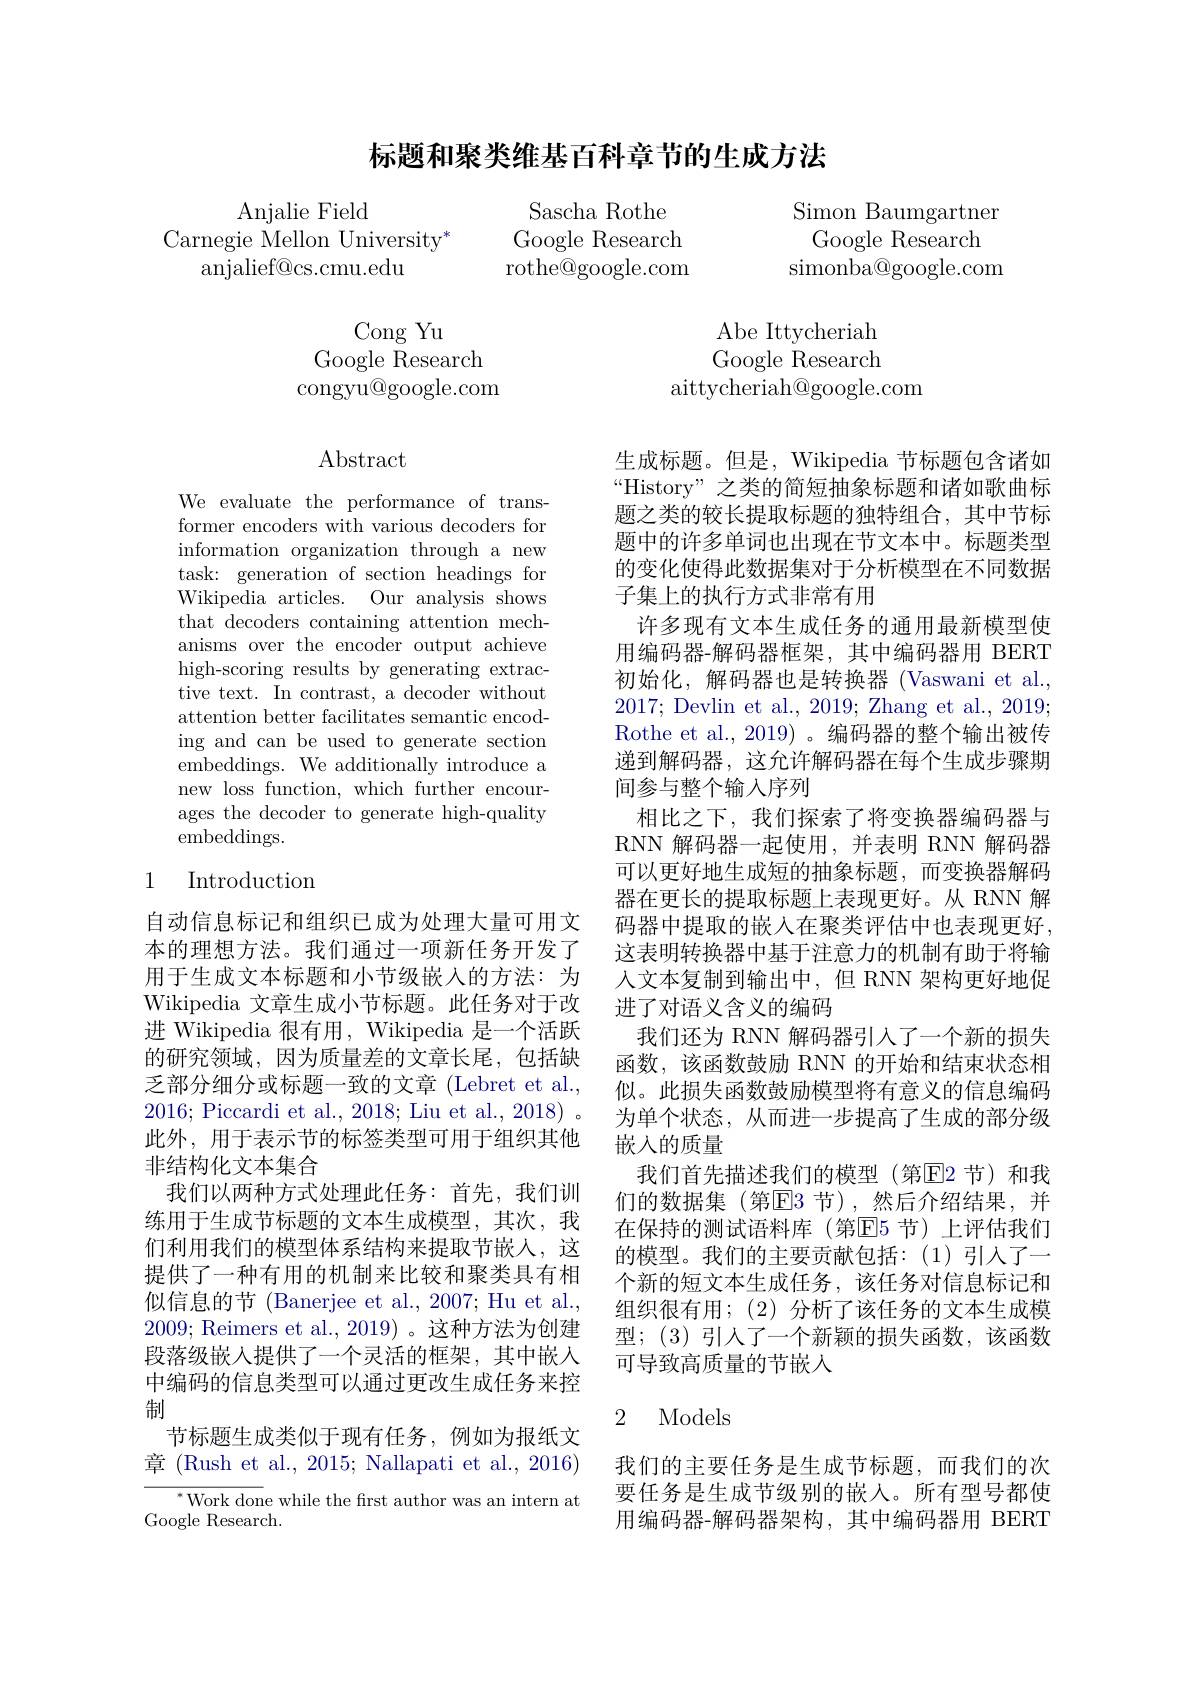
# 标题和聚类维基百科章节的生成方法

Sascha Rothe Google Research rothe@google.com

Simon Baumgartner
Google Research
simonba@google.com

Cong Yu
Google Research congyu@google.com

${\mathrm{Abe~Ittycheriah}}$ Google Research
aittycheriah@google.com

## $\operatorname{Abstract}$

We evaluate the performance of transformer encoders with various decoders for information organization through a new task: generation of section headings for Wikipedia articles. Our analysis shows that decoders containing attention mechanisms over the encoder output achieve high-scoring results by generating extractive text. In contrast, a decoder without attention better facilitates semantic encoding and can be used to generate section embeddings. We additionally introduce a new loss function, which further encourages the decoder to generate high-quality ${\mathrm{embeddings.}}$

## 1 Introduction

生成标题。但是，Wikipedia 节标题包含诸如“History”之类的简短抽象标题和诸如歌曲标题之类的较长提取标题的独特组合，其中节标题中的许多单词也出现在节文本中。标题类型的变化使得此数据集对于分析模型在不同数据子集上的执行方式非常有用
许多现有文本生成任务的通用最新模型使用编码器-解码器框架，其中编码器用 BERT 初始化，解码器也是转换器 (Vaswani et al., 2017; Devlin et al., 2019; Zhang et al., 2019; Rothe et al., 2019) 。编码器的整个输出被传递到解码器，这允许解码器在每个生成步骤期间参与整个输入序列
相比之下，我们探索了将变换器编码器与RNN 解码器一起使用，并表明 RNN 解码器可以更好地生成短的抽象标题，而变换器解码器在更长的提取标题上表现更好。从 RNN 解码器中提取的嵌入在聚类评估中也表现更好， 这表明转换器中基于注意力的机制有助于将输人文本复制到输出中，但 RNN 架构更好地促进了对语义含义的编码
我们还为 RNN 解码器引入了一个新的损失函数，该函数鼓励 RNN 的开始和结束状态相似。此损失函数鼓励模型将有意义的信息编码为单个状态，从而进一步提高了生成的部分级嵌入的质量
我们首先描述我们的模型(第回2 节)和我们的数据集(第E3 节),然后介绍结果，并在保持的测试语料库(第回5 节)上评估我们的模型。我们的主要贡献包括：(1)引人了一个新的短文本生成任务，该任务对信息标记和组织很有用；(2)分析了该任务的文本生成模型；(3)引人了一个新颖的损失函数，该函数可导致高质量的节嵌人

自动信息标记和组织已成为处理大量可用文本的理想方法。我们通过一项新任务开发了用于生成文本标题和小节级嵌入的方法：为Wikipedia 文章生成小节标题。此任务对于改进 Wikipedia 很有用，Wikipedia 是一个活跃的研究领域，因为质量差的文章长尾，包括缺乏部分细分或标题一致的文章 (Lebret et al., 2016; Piccardi et al., 2018; Liu et al., 2018) 。此外，用于表示节的标签类型可用于组织其他非结构化文本集合
我们以两种方式处理此任务：首先，我们训练用于生成节标题的文本生成模型，其次，我们利用我们的模型体系结构来提取节嵌人，这提供了一种有用的机制来比较和聚类具有相似信息的节 (Banerjee et al., 2007; Hu et al., 2009; Reimers et al., 2019)。这种方法为创建段落级嵌入提供了一个灵活的框架，其中嵌入中编码的信息类型可以通过更改生成任务来控制
节标题生成类似于现有任务，例如为报纸文章 (Rush et al., 2015; Nallapati et al., 2016)
${^*\text{Work don}}$e while the frst author was an intern at
Google Research.

## 2 Models

我们的主要任务是生成节标题，而我们的次要任务是生成节级别的嵌人。所有型号都使用编码器-解码器架构，其中编码器用 BERT